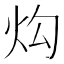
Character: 𱪮